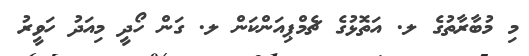
މި މުބާރާތުގެ ލ. އަތޮޅުގެ ޗެމްޕިއަންކަން ލ. ގަން ހޯދީ މިއަދު ހަވީރު